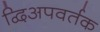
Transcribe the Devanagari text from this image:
द्विअपवर्तक